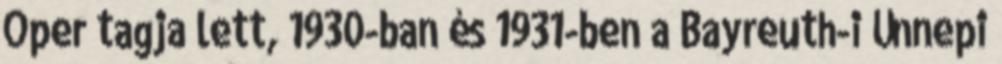
Oper tagja lett, 1930-ban és 1931-ben a Bayreuth-i Ünnepi